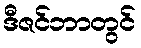
ဒီဇင်ဘာတွင်